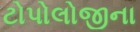
ટોપોલોજીના